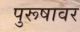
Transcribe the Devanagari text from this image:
पुरूषावर